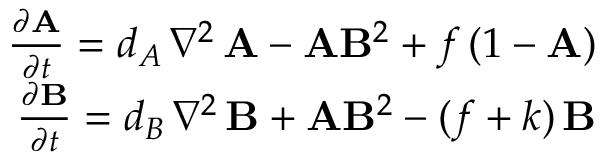
\begin{array} { r } { \frac { \partial \mathbf { A } } { \partial t } = d _ { A } \, \nabla ^ { 2 } \, \mathbf { A } - \mathbf { A } \mathbf { B } ^ { 2 } + f \, ( 1 - \mathbf { A } ) } \\ { \frac { \partial \mathbf { B } } { \partial t } = d _ { B } \, \nabla ^ { 2 } \, \mathbf { B } + \mathbf { A } \mathbf { B } ^ { 2 } - ( f + k ) \, \mathbf { B } } \end{array}